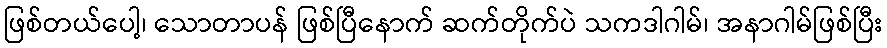
ဖြစ်တယ်ပေါ့၊ သောတာပန် ဖြစ်ပြီနောက် ဆက်တိုက်ပဲ သကဒါဂါမ်၊ အနာဂါမ်ဖြစ်ပြီး